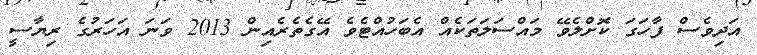
އަދިވެސް ފާހަގަ ކޮށްލެވޭ މައްސަލަތަކެއް އެބަހުއްޓެވެ އޭގެތެރެއިން 2013 ވަނަ އަހަރުގެ ރިޔާސީ